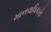
માનવાધિકારો